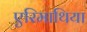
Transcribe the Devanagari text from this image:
एरिमाथिया